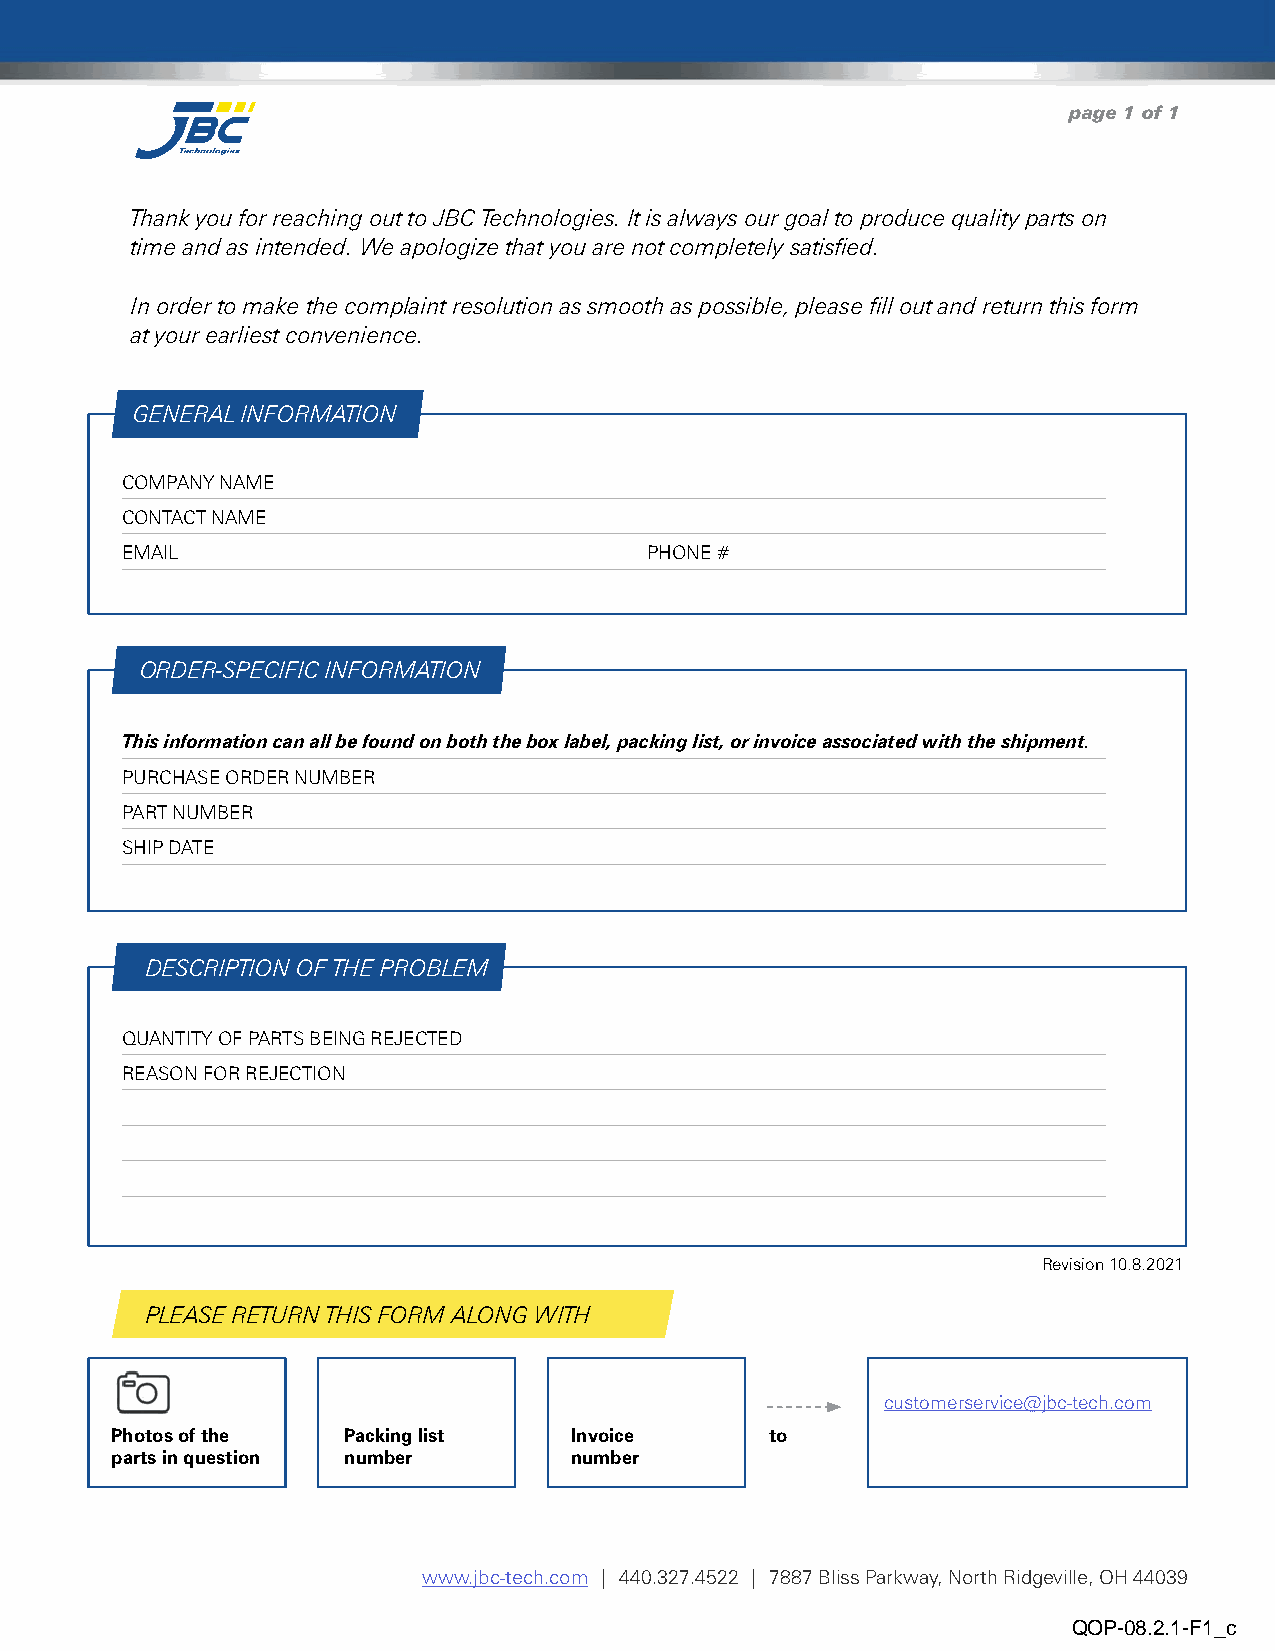
page 1 of 1
 Thank you for reaching out to JBC Technologies. It is always our goal to produce quality parts on
 time and as intended. We apologize that you are not completely satisfied.
 In order to make the complaint resolution as smooth as possible, please fill out and return this form
 at your earliest convenience.
 GENERAL INFORMATION
 COMPANY NAME
 CONTACT NAME
 EMAIL                              PHONE #
 ORDER-SPECIFIC INFORMATION
 This information can all be found on both the box label, packing list, or invoice associated with the shipment.
 PURCHASE ORDER NUMBER
 PART NUMBER
 SHIP DATE
 DESCRIPTION OF THE PROBLEM
 QUANTITY OF PARTS BEING REJECTED
 REASON FOR REJECTION
 Revision 10.8.2021
 PLEASE RETURN THIS FORM ALONG WITH
 customerservice@jbc-tech.com
 Photos of the   Packing list   Invoice      to
 parts in question number       number
 www.jbc-tech.com | 440.327.4522 | 7887 Bliss Parkway, North Ridgeville, OH 44039
 QOP-08.2.1-F1_c